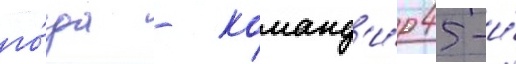
го́да - команд'и́р 45-и́